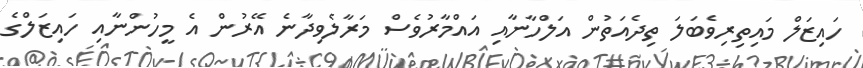
ހައިޒަލް މައިތިރިވެބަލަ ތިދެއަތުން އަލްހާނާއި އައްމާރުވެސް މަރާލެވިދާނެ އޭރުން އެ މީހުންނާއި ހައިޒަލްގެ